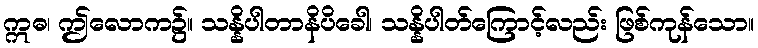
ဣဓ၊ ဤလောက၌။ သန္နိပါတာနိပိခေါ၊ သန္နိပါတ်ကြောင့်လည်း ဖြစ်ကုန်သော။